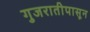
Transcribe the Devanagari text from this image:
गुजरातीपासून